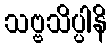
သဗ္ဗသိပ္ပါနိ